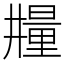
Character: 𣊼